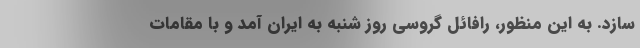
‌سازد. به این منظور، رافائل گروسی روز شنبه به ایران آمد و با مقامات